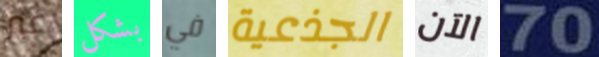
غير بشكل في الجذعية الآن 70